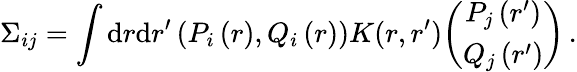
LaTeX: \Sigma_{ij}=\int\mathrm{d}r\mathrm{d}r^{\prime}\left(P_{i}\left(r\right),Q_{i}\left(r\right)\right)K(r,r^{\prime})\binom{P_{j}\left(r^{\prime}\right)}{Q_{j}\left(r^{\prime}\right)}\, .